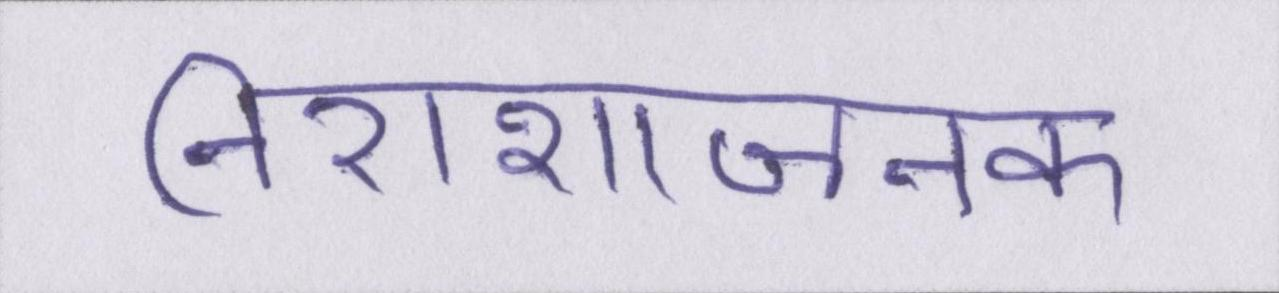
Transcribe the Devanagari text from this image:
निराशाजनक